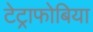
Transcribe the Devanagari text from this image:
टेट्राफोबिया